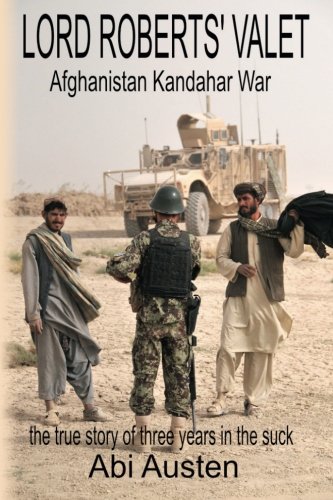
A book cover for Lord Roberts Valet: Afghanistan. Kandahar. War; Abigail Austen; History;